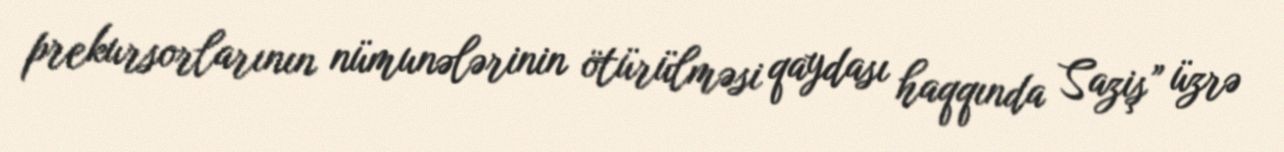
prekursorlarının nümunələrinin ötürülməsi qaydası haqqında Saziş” üzrə